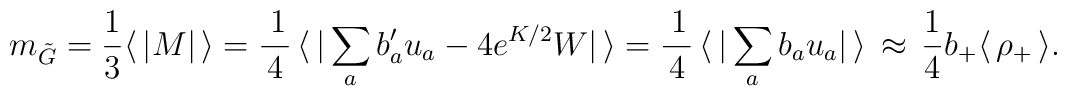
m_{\tilde G} = {1\over3}\langle\,|M|\,\rangle = \frac{\, 1}{\, 4\,}\,\langle\,|\sum_ab'_au_a - 4e^{K/2}W|\,\rangle= \frac{\, 1}{\, 4\,}\,\langle\,|\sum_ab_au_a|\,\rangle\,\approx\,{1\over 4}b_+\langle\,\rho_{+}\,\rangle.